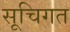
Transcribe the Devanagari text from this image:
सूचिगत